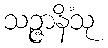
သဉ္ဇာနိံသု